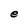
Character: e